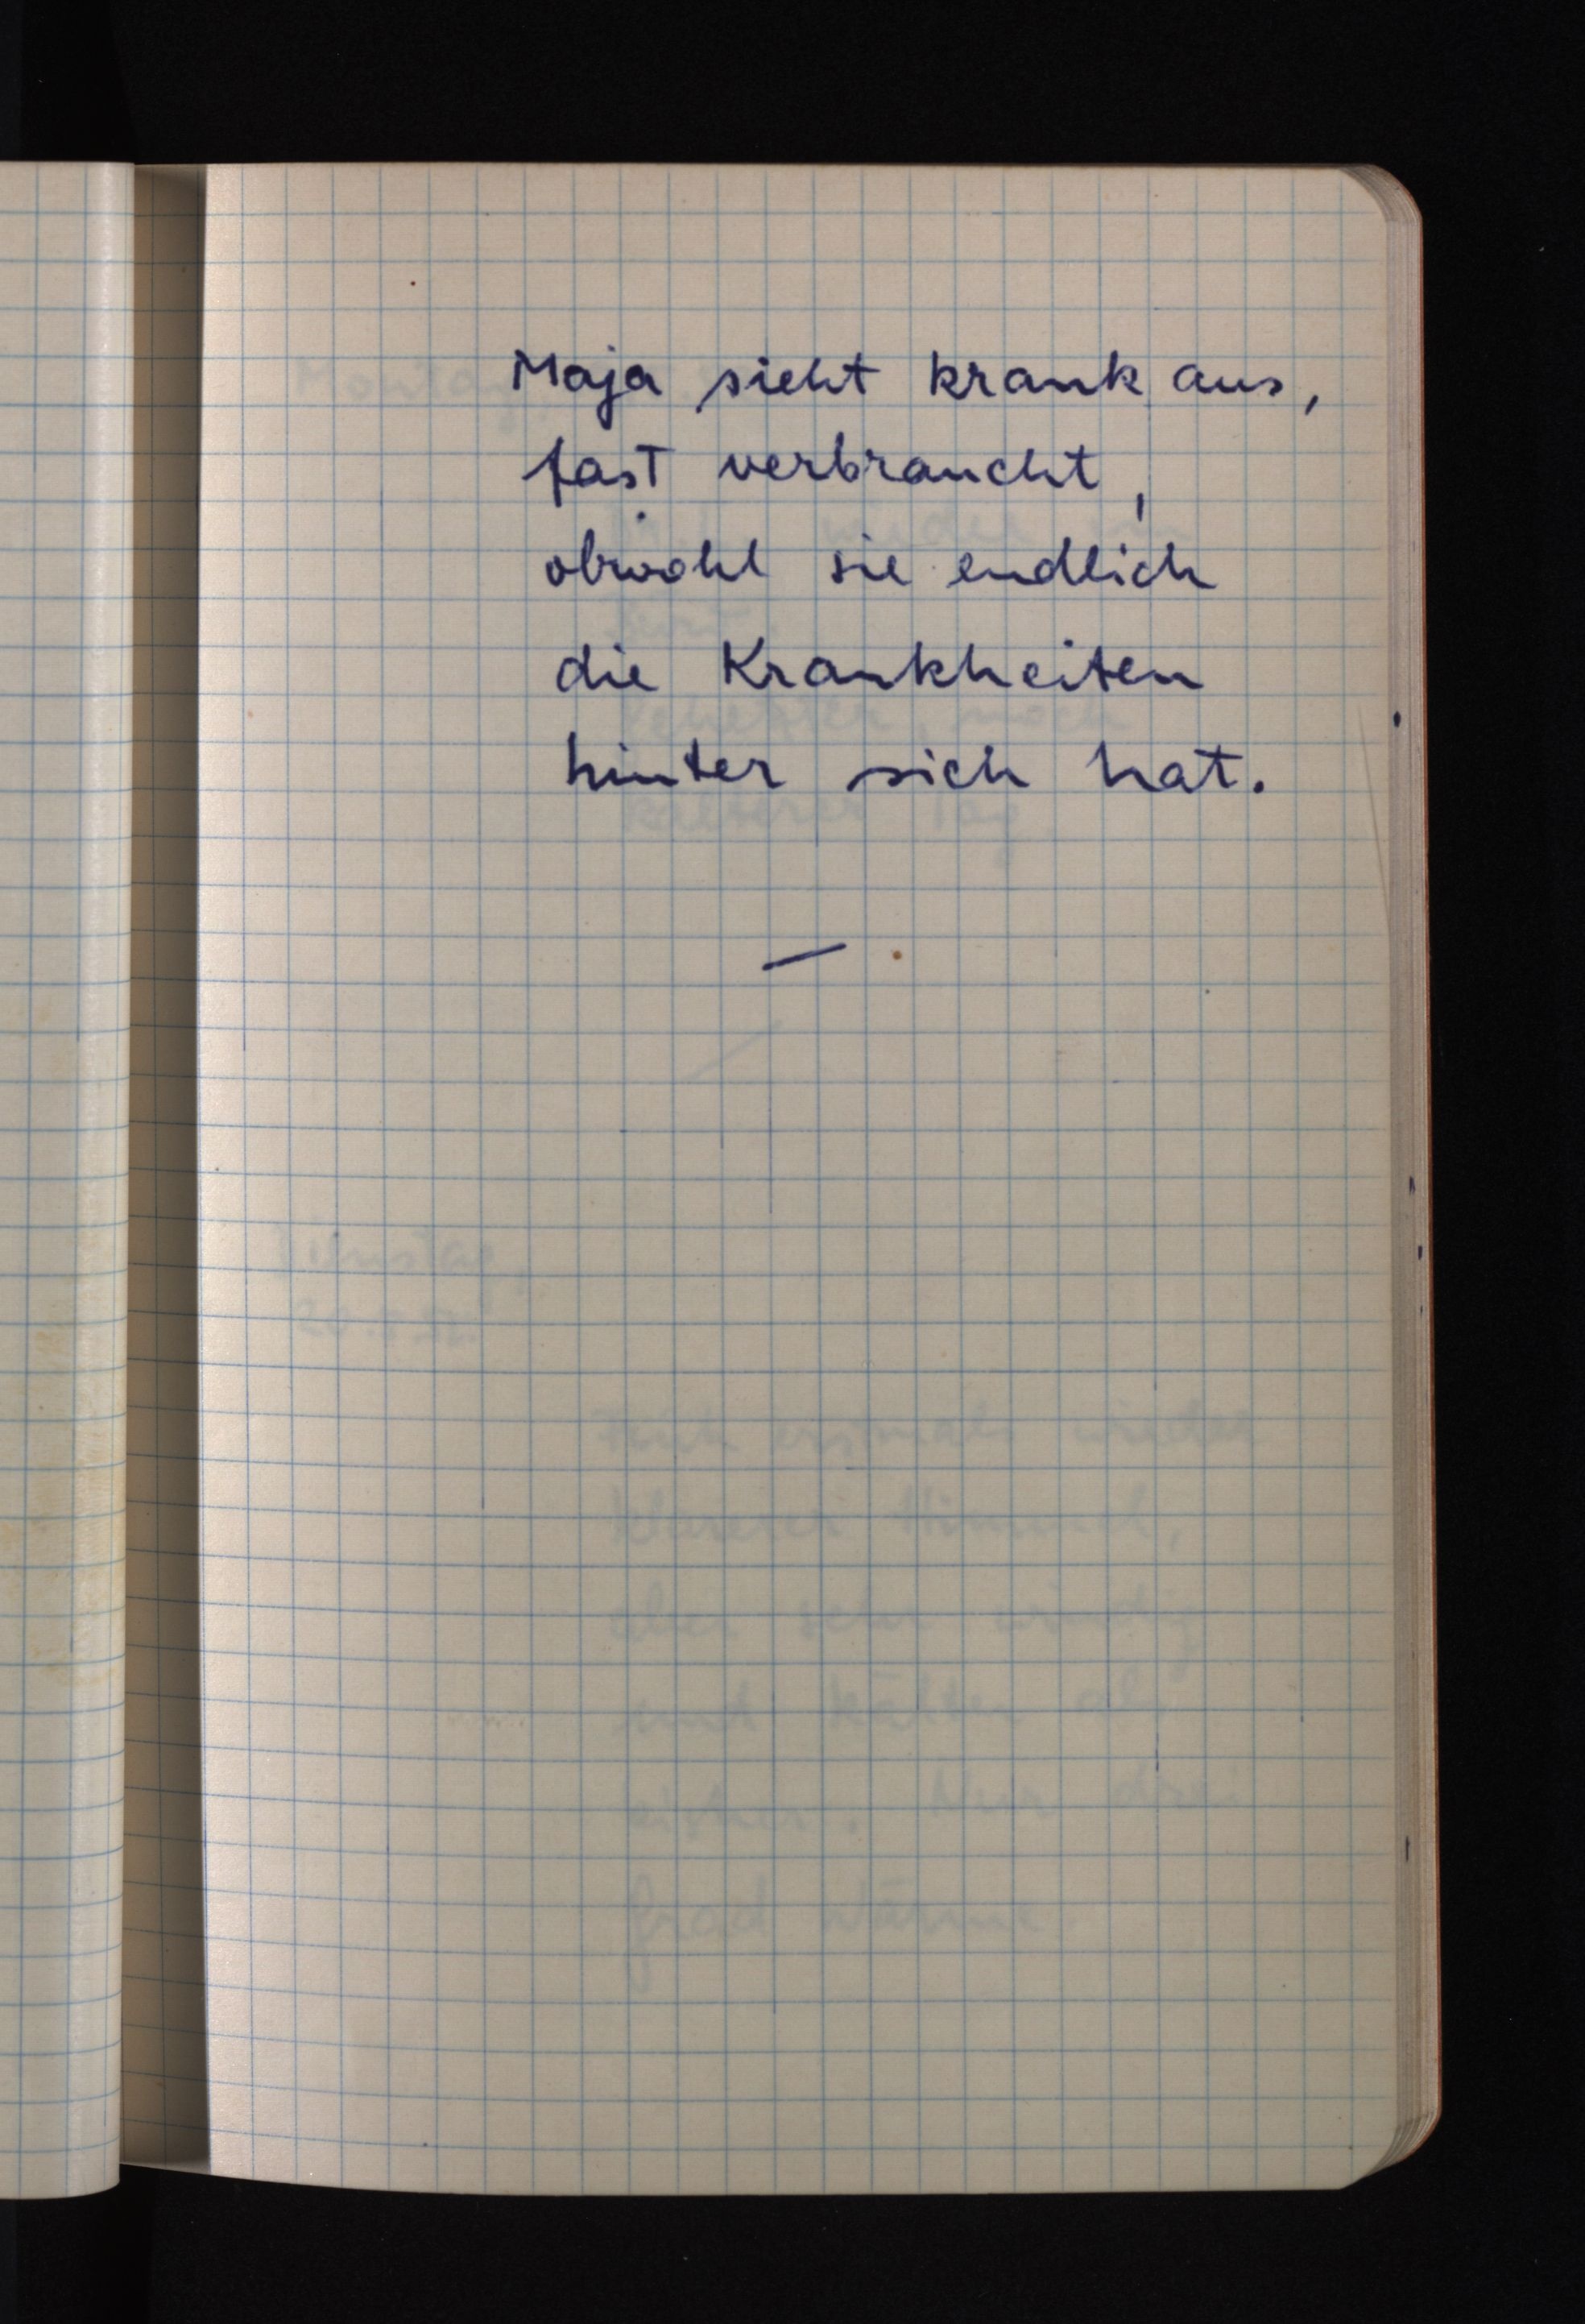
Maja sieht krank aus,
fast verbraucht,
obwohl sie endlich
die Krankheiten
hinter sich hat.